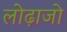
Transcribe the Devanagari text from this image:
लोढ़ाजो